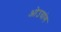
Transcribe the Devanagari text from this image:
ओउयांग